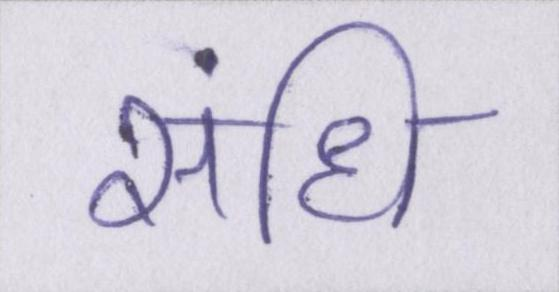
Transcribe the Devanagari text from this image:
संधि